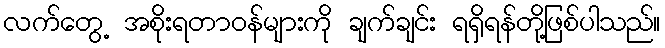
လက်တွေ့ အစိုးရတာဝန်များကို ချက်ချင်း ရရှိရန်တို့ဖြစ်ပါသည်။